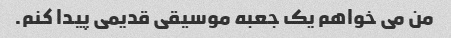
من می خواهم یک جعبه موسیقی قدیمی پیدا کنم.